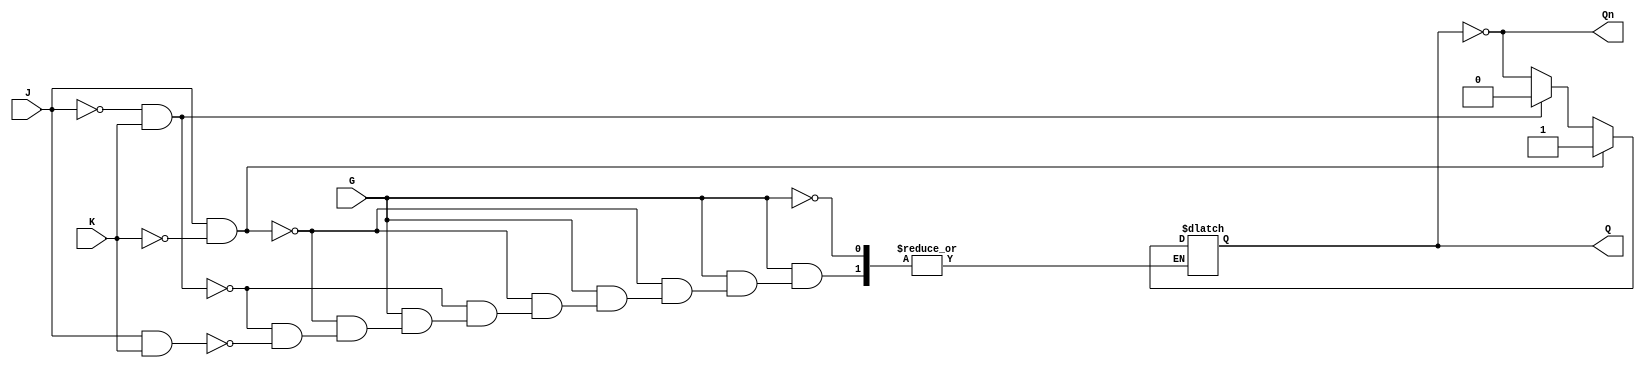
module GatedJKLatch (
    input wire J,      // Data input J
    input wire K,      // Data input K
    input wire G,      // Enable input
    output reg Q,      // Output Q
    output wire Qn     // Complementary output Q'
);

    assign Qn = ~Q; // Q' is the complement of Q

    always @(*) begin
        if (G) begin
            if (J && ~K) begin
                Q = 1;  // Set state
            end else if (~J && K) begin
                Q = 0;  // Reset state
            end else if (J && K) begin
                Q = ~Q; // Toggle state
            end
            // If J = 0 and K = 0, Q remains unchanged (no change state)
        end
        // If G is low, Q retains its previous state (handled by the reg type)
    end

endmodule